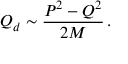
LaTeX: { \cal Q } _ { d } \sim \frac { P ^ { 2 } - Q ^ { 2 } } { 2 M } \, .